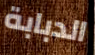
الدبابة